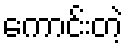
ကောင်းတဲ့